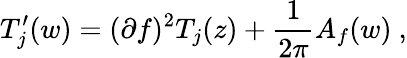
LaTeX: T_{j}^{\prime}(w)=(\partial f)^{2}T_{j}(z)+{\frac{1}{2\pi}}A_{f}(w)~,